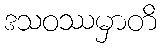
ဒသဝဿမှာတိ